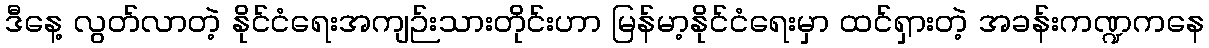
ဒီနေ့ လွတ်လာတဲ့ နိုင်ငံရေးအကျဉ်းသားတိုင်းဟာ မြန်မာ့နိုင်ငံရေးမှာ ထင်ရှားတဲ့ အခန်းကဏ္ဍကနေ